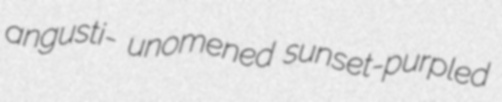
angusti- unomened sunset-purpled